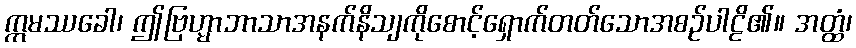
ဣမဿခေါ၊ ဤဗြဟ္မာဘာသာအနက်နိသျကိုစောင့်ရှောက်တတ်သောအစဉ်ပါဠိ၏။ အတ္ထံ၊